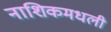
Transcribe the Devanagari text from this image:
नाशिकमधली